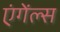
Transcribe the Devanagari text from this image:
एंगेंल्स